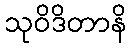
သုဝိဒိတာနိ